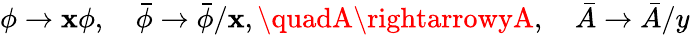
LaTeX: \phi\rightarrow\mathbf{x}\phi,\quad\bar{{\phi}}\rightarrow\bar{{\phi}}/\mathbf{x},\quadA\rightarrowyA,\quad\bar{{A}}\rightarrow\bar{{A}}/y